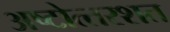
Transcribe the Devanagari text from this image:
अष्‍टोत्‍तरशत